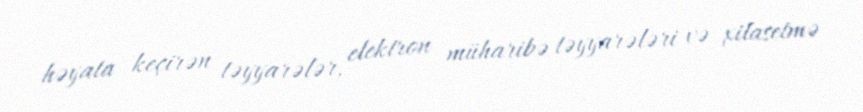
həyata keçirən təyyarələr, elektron müharibə təyyarələri və xilasetmə